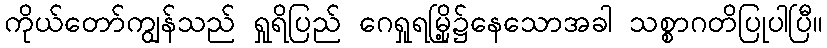
ကိုယ်တော်ကျွန်သည် ရှုရိပြည် ဂေရှုရမြို့၌နေသောအခါ သစ္စာဂတိပြုပါပြီ။